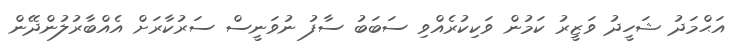
އަޙްމަދު ޝަހީދު ވަޒީރު ކަމުން ވަކިކުރެއްވި ސަބަބު ސާފު ނުވަނީސް ސަރުކާރަށް އެއްބާރުލުންދޭން